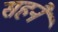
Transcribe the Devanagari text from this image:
सहनै